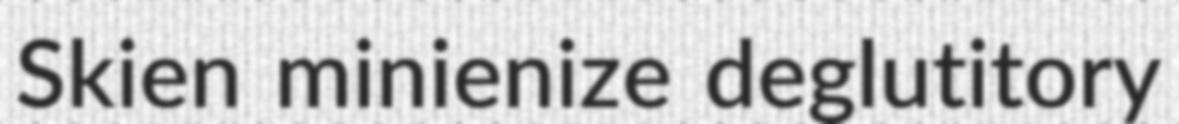
Skien minienize deglutitory